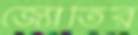
জ্যোতির